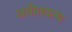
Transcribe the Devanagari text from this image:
अतीतवत्थ